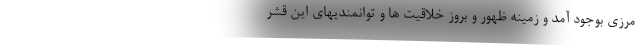
مرزی بوجود آمد و زمینه ظهور و بروز خلاقیت ها و توانمندیهای این قشر